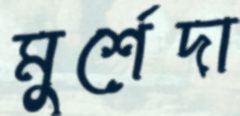
মুর্শেদা